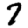
Digit: 7